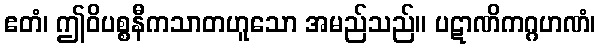
ဧတံ၊ ဤဝိပစ္စနီကသာတဟူသော အမည်သည်။ ပဋာဏိကဂ္ဂဟဏံ၊